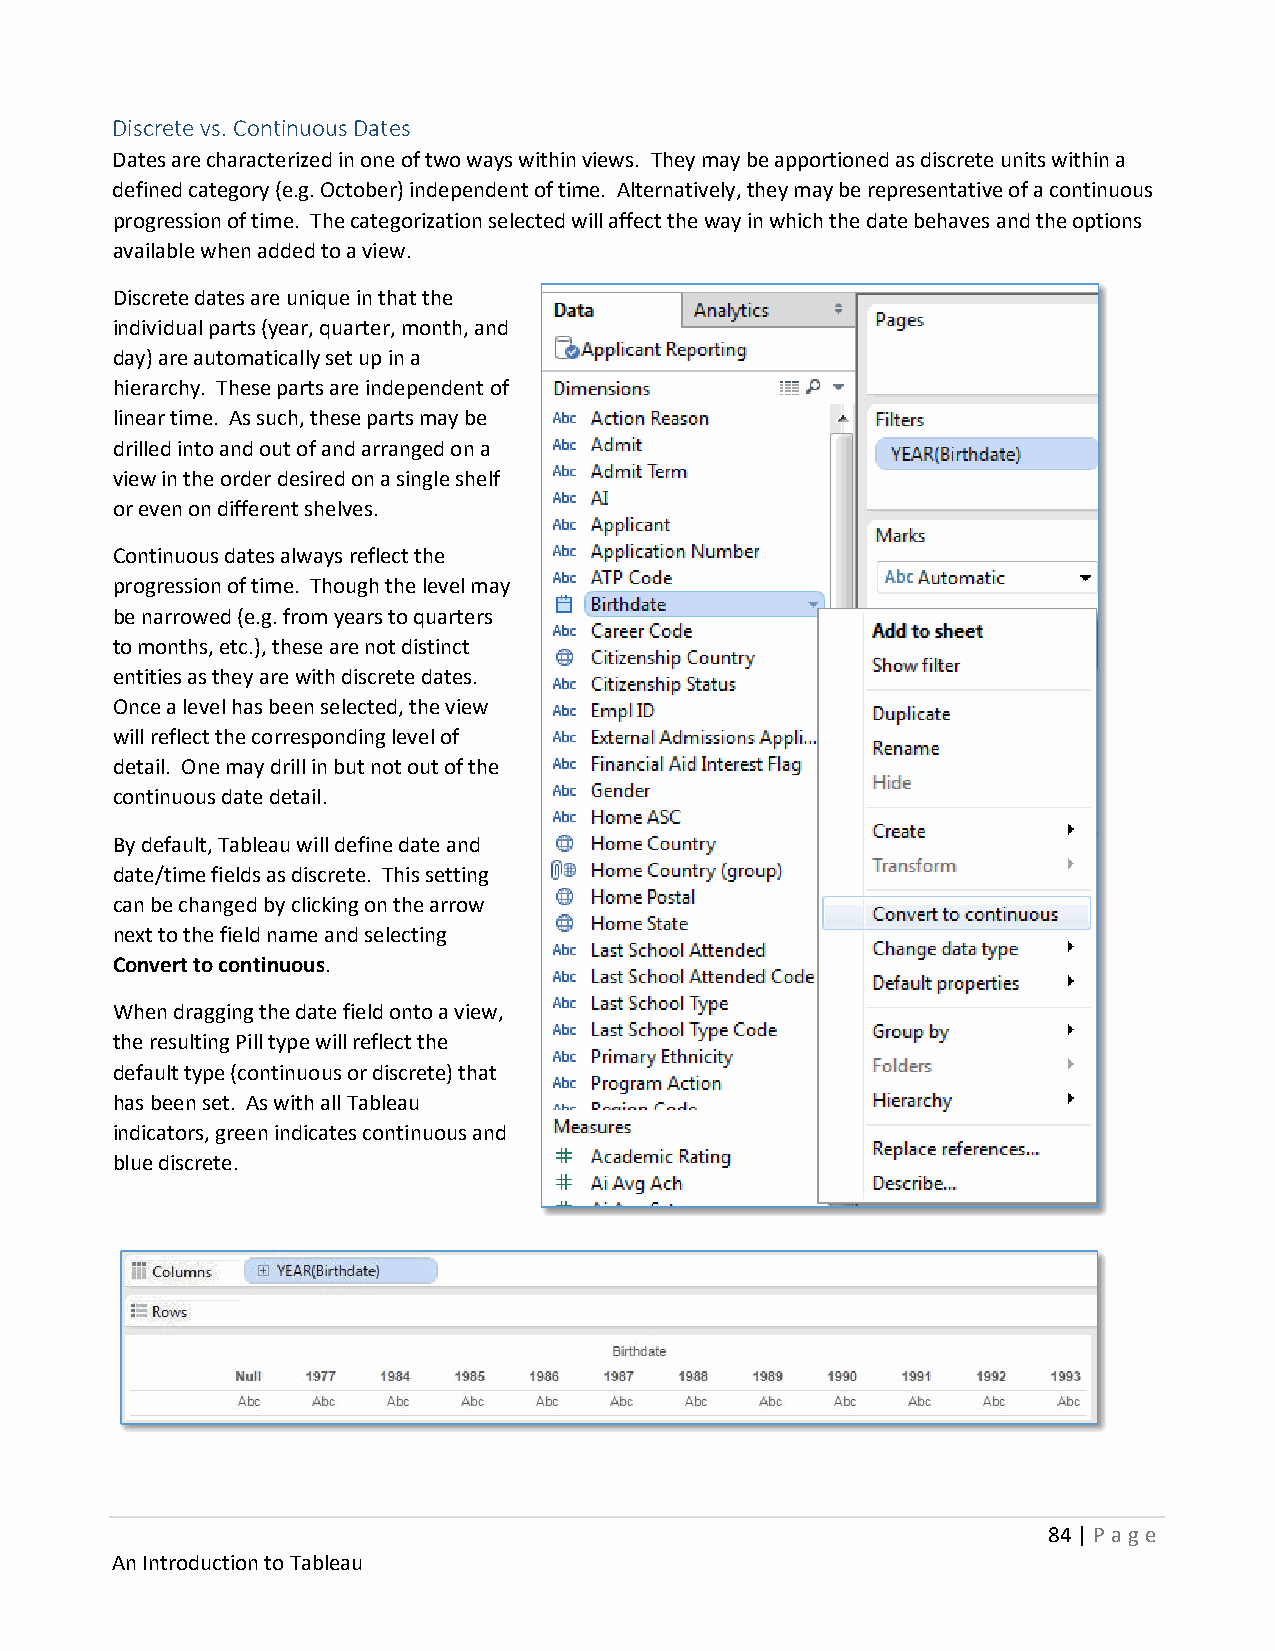
Discrete vs. Continuous Dates
 Dates are characterized in one of two ways within views. They may be apportioned as discrete units within a
 defined category (e.g. October) independent of time. Alternatively, they may be representative of a continuous
 progression of time. The categorization selected will affect the way in which the date behaves and the options
 available when added to a view.
 Discrete dates are unique in that the
 individual parts (year, quarter, month, and
 day) are automatically set up in a
 hierarchy. These parts are independent of
 linear time. As such, these parts may be
 drilled into and out of and arranged on a
 view in the order desired on a single shelf
 or even on different shelves.
 Continuous dates always reflect the
 progression of time. Though the level may
 be narrowed (e.g. from years to quarters
 to months, etc.), these are not distinct
 entities as they are with discrete dates.
 Once a level has been selected, the view
 will reflect the corresponding level of
 detail. One may drill in but not out of the
 continuous date detail.
 By default, Tableau will define date and
 date/time fields as discrete. This setting
 can be changed by clicking on the arrow
 next to the field name and selecting
 Convert to continuous.
 When dragging the date field onto a view,
 the resulting Pill type will reflect the
 default type (continuous or discrete) that
 has been set. As with all Tableau
 indicators, green indicates continuous and
 blue discrete.
 84 | P age
 An Introduction to Tableau